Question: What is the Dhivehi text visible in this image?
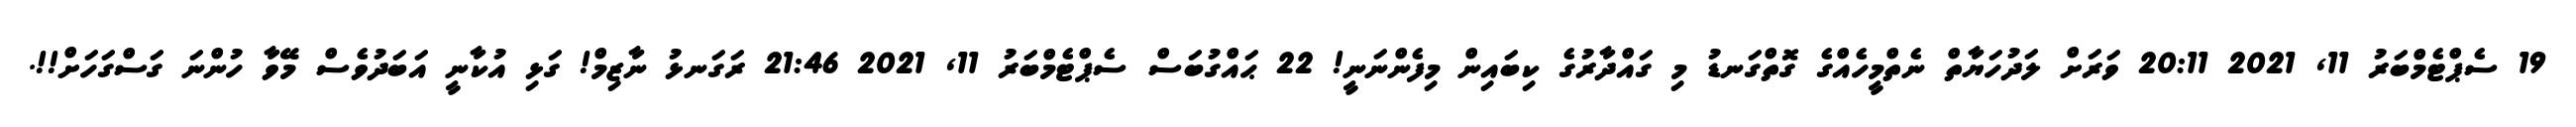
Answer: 19 ސެޕްޓެމްބަރު 11, 2021 20:11 ވަރަށް ލަދުހަޔާތް ނެތްމީހެއްގެ ގޮތްގަނޑު މި ގައްދާރުގެ ކިބައިން މިފެންނަނީ! 22 ޙައްގުބަސް ސެޕްޓެމްބަރު 11, 2021 21:46 ރަގަނޅު ނާޒިމް! ގަޅި އުކާނީ އަބަދުވެސް މޭވާ ހުންނަ ގަސްގަހަށް!!.